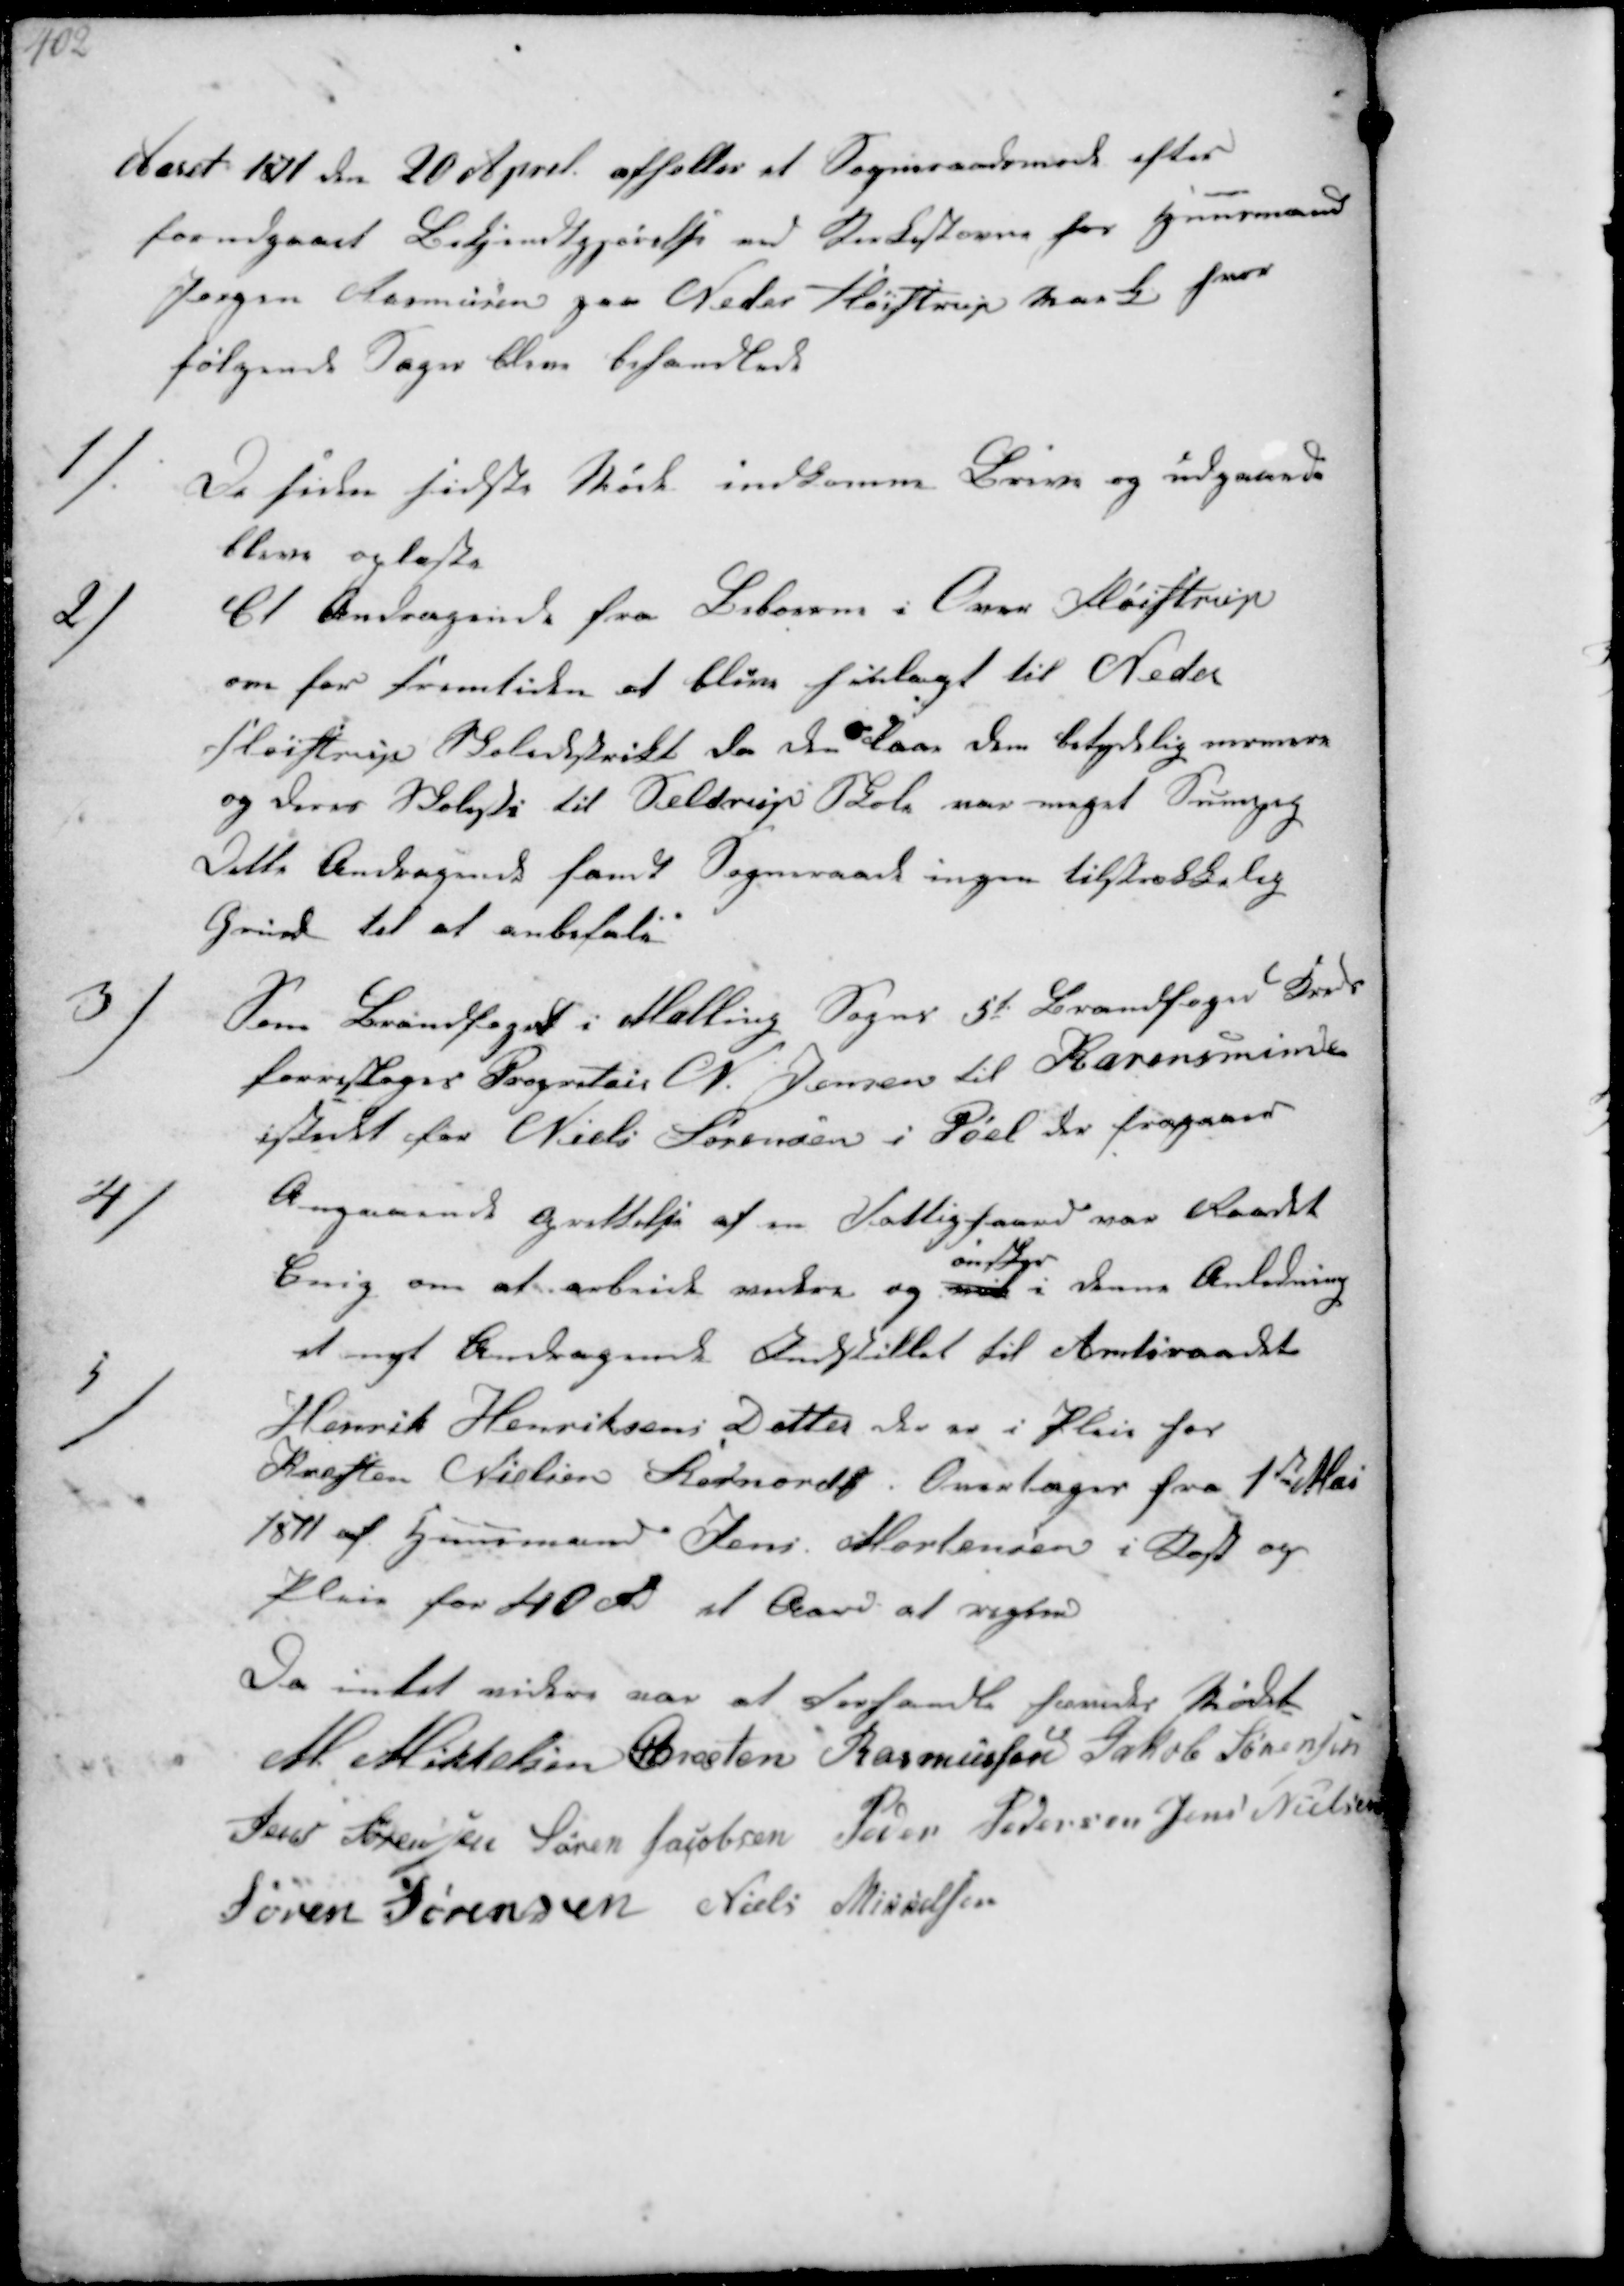
Transskription:
Aaret 1871 den 20 April afholtes et Sogneraadsmøde efter
forudgaaet Bekjendtgjørelse ved Kirkestævne hos Huusmand
Jørgen Rasmussen paa Neder Fløistrup Mark hvor
følgende Sager bleve behandlede

1/
De siden sidste Møde indkomne Breve og udgaaede
bleve oplæste

2/
Et Andragende fra Beboerne i Over Fløistrup
om for fremtiden at blive henlagt til Neder-
Fløistrup Skoledistrikt da den laa dem betydelig nærmere
og deres Skolesti til Seldrup Skole var meget Sumpig
Dette Andragende fandt Sogneraad ingen tilstrækkelig
Grund til at anbefale

3/
Som Brandfoged i Malling Sogns 5te Brandfoged Distrikt
forresloges Propritair N. Jensen til Karernsminde
istedet for Niels Sørensen i Pøel der fragaaer

4/
Angaaende oprettelse af en Fattigsaand var Raadet
Enig om at arbeide videre og
ønsker
i denne Anledning
et nyt Andragende Indstillet til Amtsraadet

5/
Henrik Henriksens Datter der er i Pleie for
Kresten Nielsen Stornord ₻ Overtager fra 1ste Mai
1871 af Huusmand Jens Mortensen i Kost og
Pleie for 40 Rd et Aar at regne
Da intet videre var at forhandle hævedes Mødet
M Mikkelsen Chresten Rasmussen Jakob Sørensen
Jens Sørensen Søren Jacobsen Peder Pedersen Jens Nielsen
Søren Sørensen Niels Mikkelsen